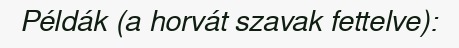
Példák (a horvát szavak fettelve):